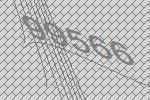
99566